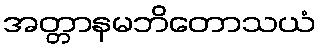
အတ္တာနမဘိတောသယံ